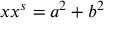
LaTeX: x x ^ { s } = a ^ { 2 } + b ^ { 2 }